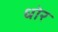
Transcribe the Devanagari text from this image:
धोर